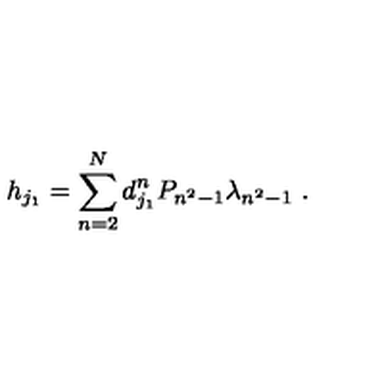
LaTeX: { h } _ { j _ { 1 } } = \sum _ { n = 2 } ^ { N } d _ { j _ { 1 } } ^ { n } P _ { n ^ { 2 } - 1 } \lambda _ { n ^ { 2 } - 1 } \ .